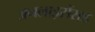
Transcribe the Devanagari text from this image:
अनलाइसेंसड